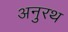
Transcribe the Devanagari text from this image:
अनुरथ